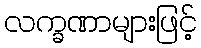
လက္ခဏာများဖြင့်